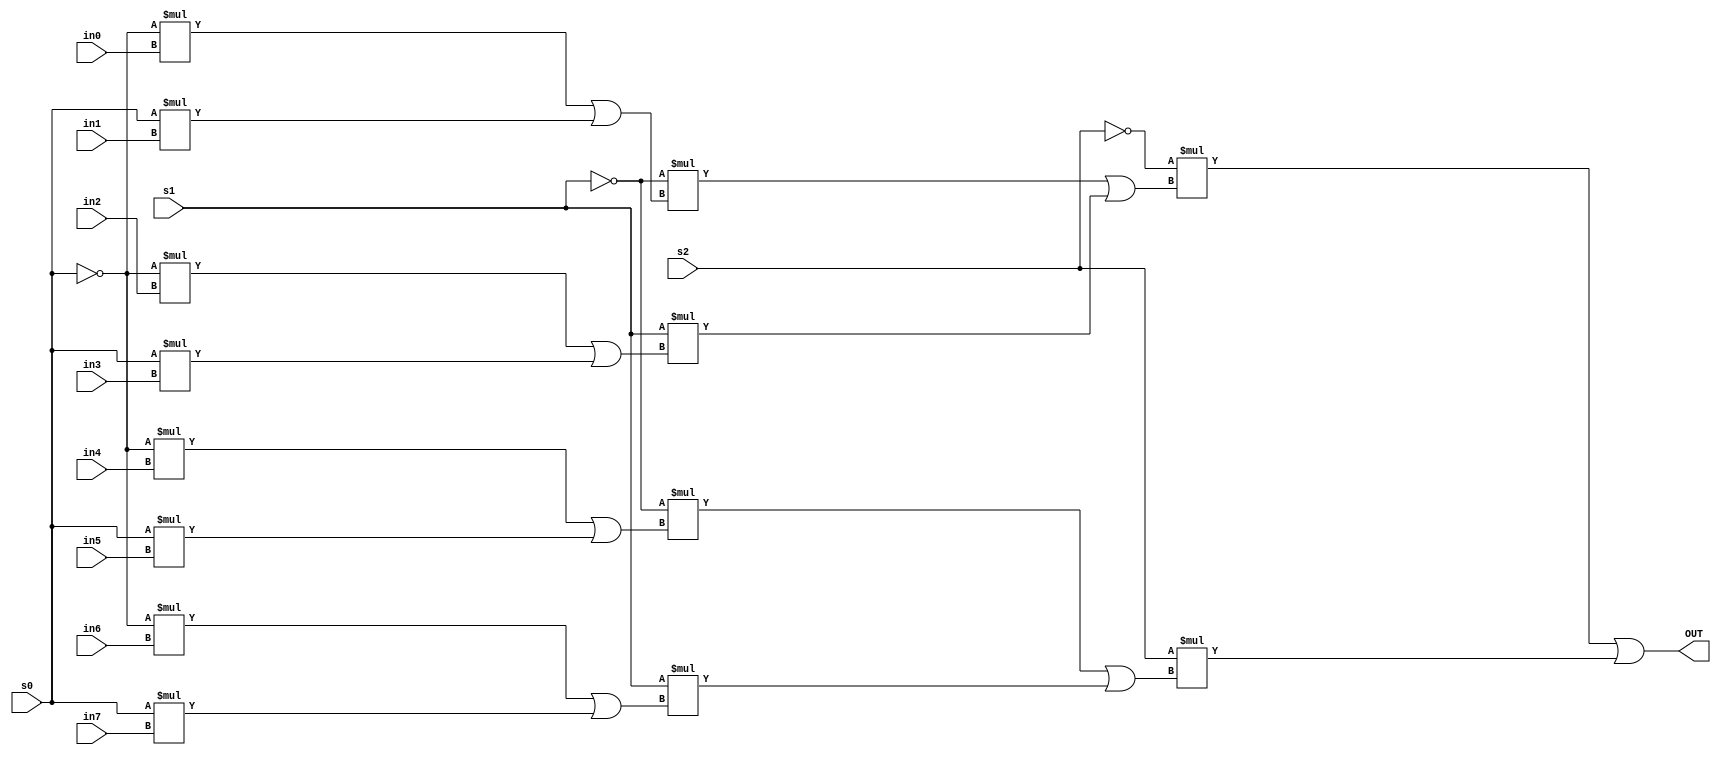
`timescale 1ns / 1ps
//Name: Michael Li
//PID: A12420469

module eight_to_one_mux(in0,in1,in2,in3,in4,in5,in6,in7,s0,s1,s2,OUT);
	//inputs
	input in0,in1,in2,in3,in4,in5,in6,in7;
	input s0,s1,s2;
	
	//outputs
	output OUT;
	
	//intermediate values
	wire out1,out2,out3,out4,out5,out6;
	
	//first level of 2:1 mux
	assign out1 = ~(s0)*in0 | s0*in1;
	assign out2 = ~(s0)*in2 | s0*in3;
	assign out3 = ~(s0)*in4 | s0*in5;
	assign out4 = ~(s0)*in6 | s0*in7;
	
	//second level of 2:1 mux
	assign out5 = ~(s1)*out1 | s1*out2;
	assign out6 = ~(s1)*out3 | s1*out4;
	
	//last level of 2:1 mux
	assign OUT = ~(s2)*out5 | s2*out6;
	
endmodule